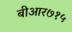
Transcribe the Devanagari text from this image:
बीआर७१५